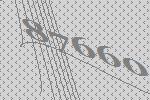
87660